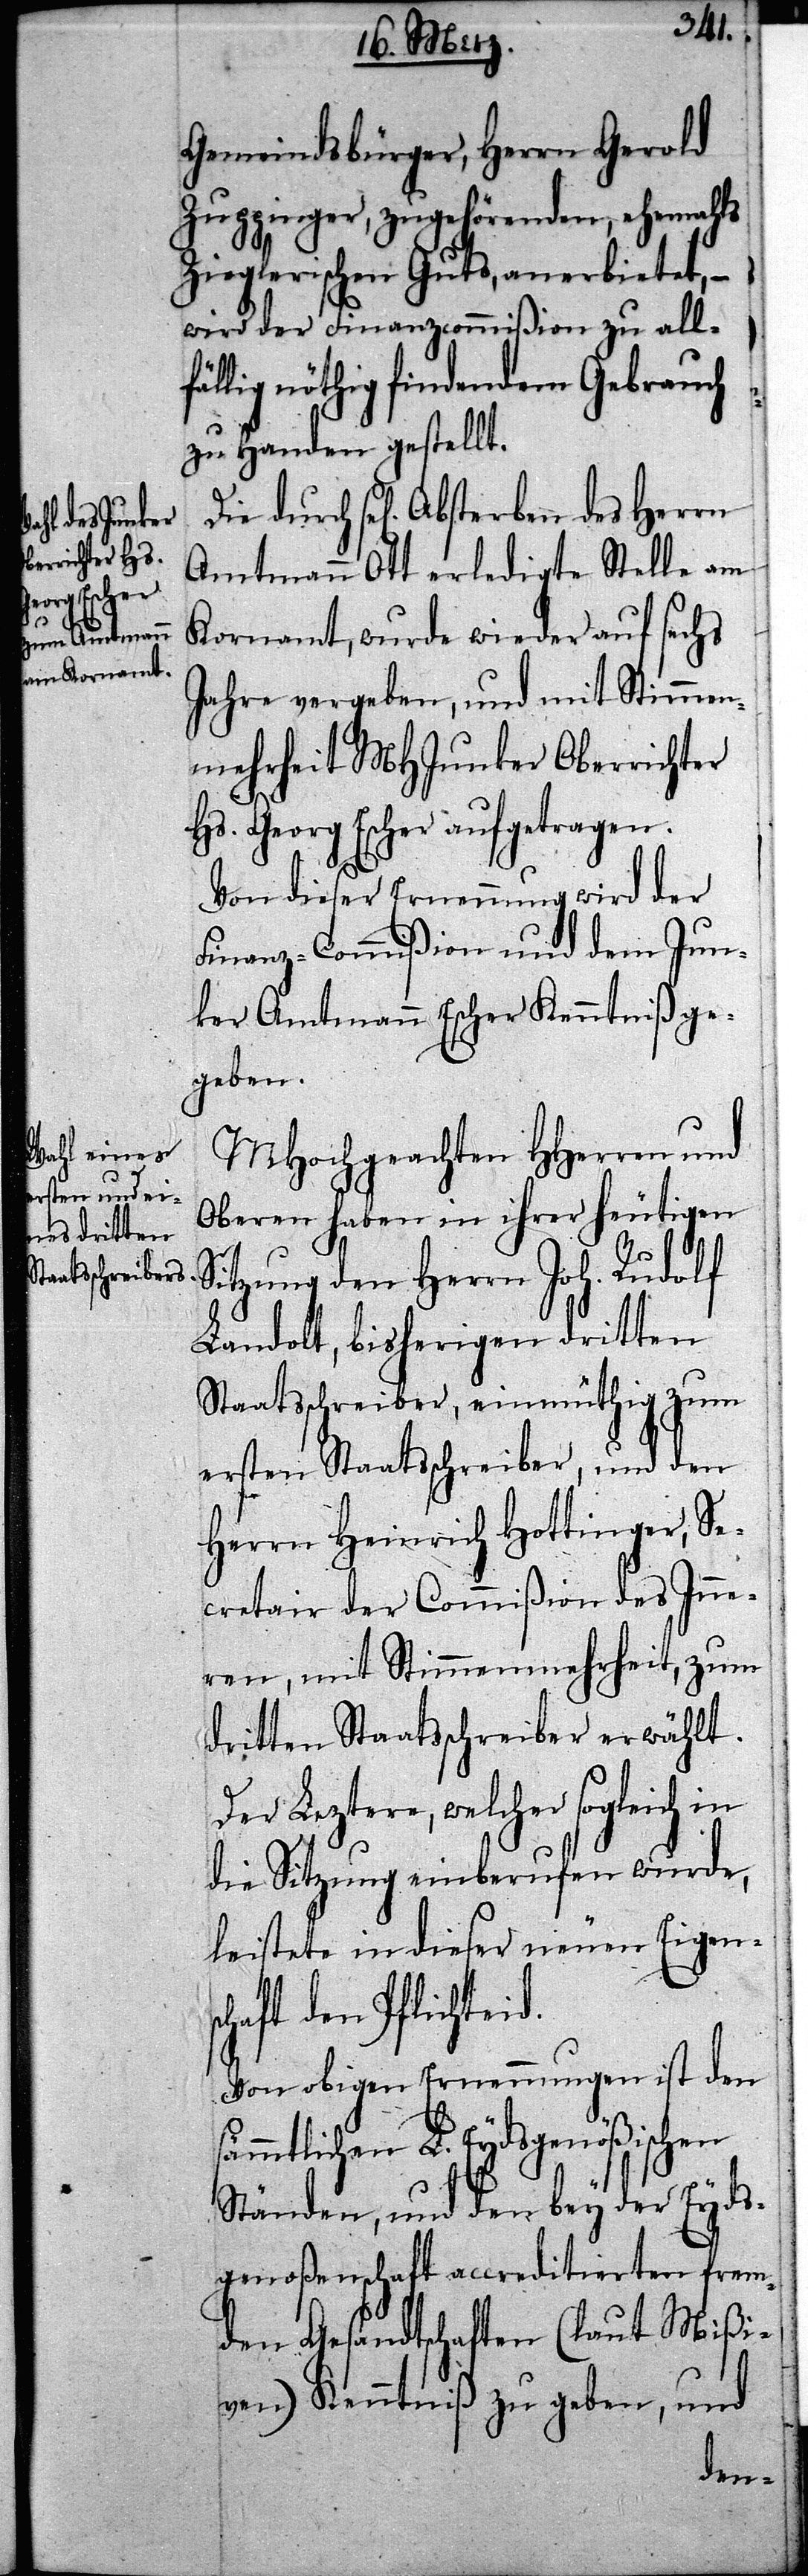
Gemeindsbürger, Herrn Gerold
Zuppinger, zugehörenden, ehemahls
Zieglerischen Guts, anerbietet, –
wird der Finanzcommißion zu allfä¬
llig nöthig findendem Gebrauch
zu Handen gestellt.
sel[iges] Absterben des Herrn
Amtmann Ott erledigte Stelle am
Kornamt, wurde wieder auf sechs
Jahre vergeben, und mit Stimmen¬
mehrheit MHJunker Oberrichter
Hs. Georg Escher aufgetragen.
Von dieser Ernennung wird der
Finanz-Commißion und dem Jun¬
ker Amtmann Escher Kenntniß ge¬
geben.
MHochgeachten HHerren und
Oberen haben in ihrer heutigen
Sitzung den Herrn Joh. Rudolf
Landolt, bisherigen dritten
Staatsschreiber, einmüthig zum
ersten Staatsschreiber, und den
Herrn Heinrich Hottinger, Se¬
cretair der Commißion des Inne¬
ren, mit Stimmenmehrheit, zum
dritten Staatsschreiber erwählt.
Der Leztere, welcher sogleich in
die Sitzung einberufen wurde,
leistete in dieser neuen Eigens¬
chaft den Pflichteid.
Von obigen Ernennungen ist den s¬
ämmtlichen L. Eydsgenößischen
Ständen, und den bey der Eyds¬
genoßenschaft accreditierten frem¬
den Gesandtschaften (laut Mißi¬
ven) Kenntniß zu geben, und